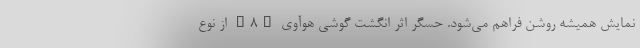
نمایش همیشه روشن فراهم می‌شود. حسگر اثر انگشت گوشی هوآوی Y8p از نوع